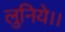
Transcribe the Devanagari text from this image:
लुनिये।।